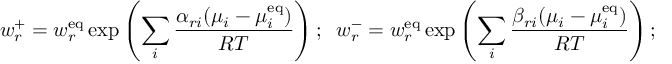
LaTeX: w _ { r } ^ { + } = w _ { r } ^ { \mathrm { { e q } } } \exp \left( \sum _ { i } { \frac { \alpha _ { r i } ( \mu _ { i } - \mu _ { i } ^ { \mathrm { { e q } } } ) } { R T } } \right) ; \; \; w _ { r } ^ { - } = w _ { r } ^ { \mathrm { { e q } } } \exp \left( \sum _ { i } { \frac { \beta _ { r i } ( \mu _ { i } - \mu _ { i } ^ { \mathrm { { e q } } } ) } { R T } } \right) ;